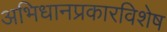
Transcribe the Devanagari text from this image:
अभिधानप्रकारविशेष